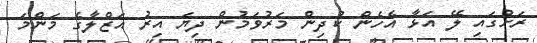
ރަށުގައި ލޭ އަޅާ އެހެން ކުދިން މަރުވަމުން ދިޔަ އިރު އަޒްލާގެ މަންމަ